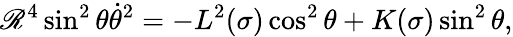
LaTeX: \mathscr{R}^{4}\sin^{2}{\theta}\dot{{\theta}}^{2}=-L^{2}(\sigma)\cos^{2}{\theta}+K(\sigma)\sin^{2}{\theta},